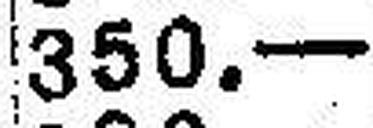
350.—